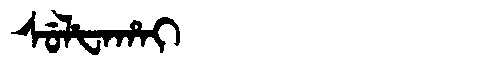
Manchu: ᠰᡠᠯᡶᠠᡥᠠᡳ
Romanization: SULFAHAI